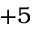
+ 5